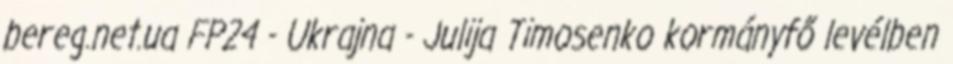
bereg.net.ua FP24 - Ukrajna - Julija Timosenko kormányfő levélben